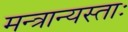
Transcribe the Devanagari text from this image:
मन्त्रान्यस्ताः